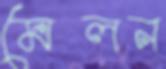
মেলন